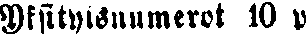
Yksityisnumerot 10 p